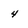
Character: 4